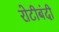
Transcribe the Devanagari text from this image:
रोटीबंदी